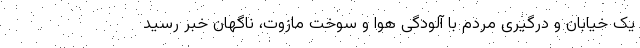
یک خیابان و درگیری مردم با آلودگی هوا و سوخت مازوت، ناگهان خبر رسید